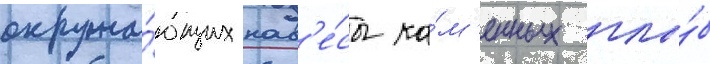
окружа́ющих нав'е́сы ка́м'енных глы́б